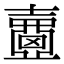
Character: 𡕈